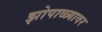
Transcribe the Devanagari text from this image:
झोपाळ्यावर